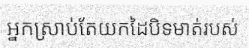
អ្នកស្រាប់តែយកដៃបិទមាត់របស់